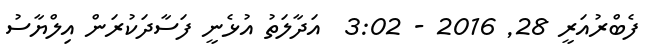
ފެބްރުއަރީ 28